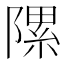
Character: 𨻽